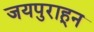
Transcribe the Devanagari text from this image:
जयपुराहून